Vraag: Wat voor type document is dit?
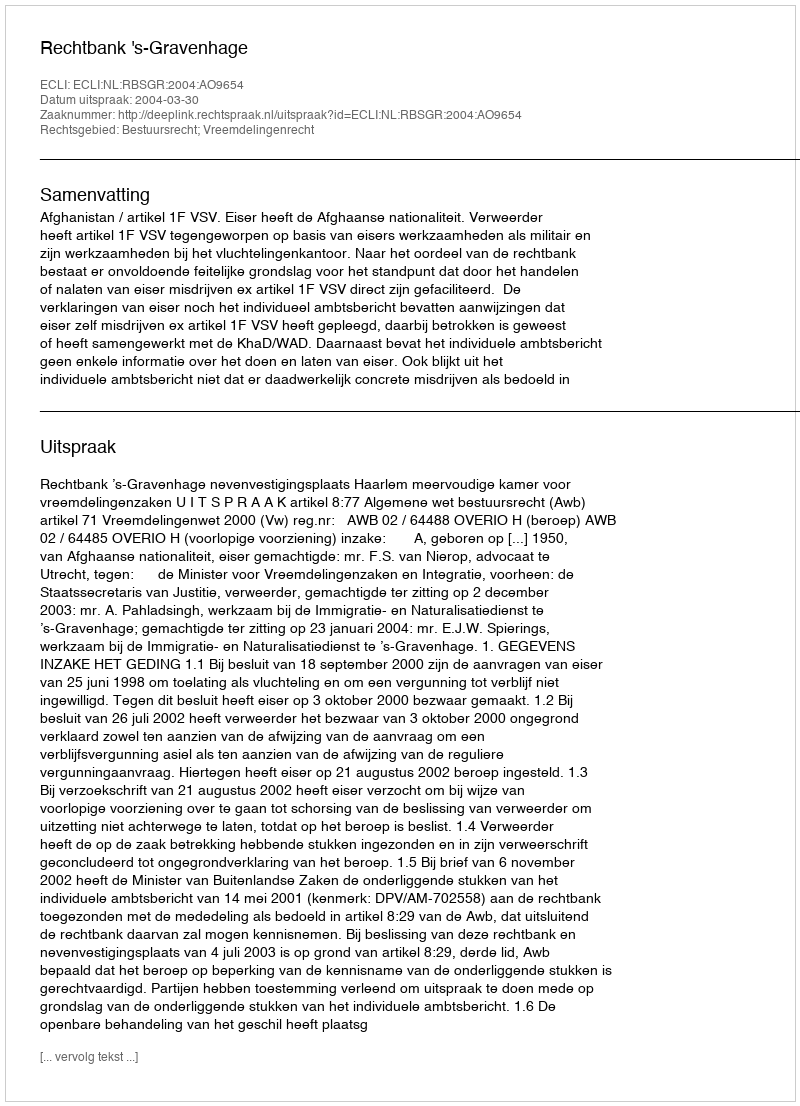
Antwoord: Uitspraak